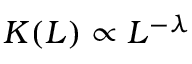
K ( L ) \propto L ^ { - \lambda }